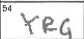
Transcription: YRG